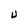
Character: U